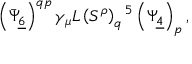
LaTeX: \left( \bar { \Psi } _ { \underline { { 6 } } } \right) ^ { q p } \gamma _ { \mu } L \left( S ^ { \rho } \right) _ { q } { } ^ { 5 } \left( \Psi _ { \underline { { 4 } } } \right) _ { p } ,